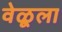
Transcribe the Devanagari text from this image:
वेळूला